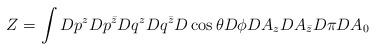
LaTeX: \begin{align*}Z =\int D p^z D p^{\bar z} D q^z D q^{\bar z} D\cos \theta D\phi D A_z D A_{\bar z} D \pi D A_0\end{align*}